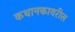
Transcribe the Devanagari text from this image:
कथानकावरील